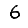
Digit: 6